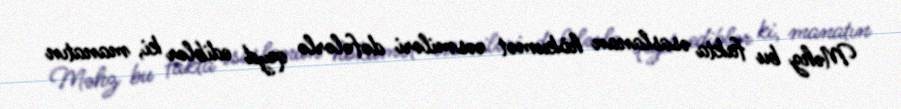
Məhz bu fakta əsaslanan hökumət rəsmiləri dəfələrlə qeyd ediblər ki, manatın